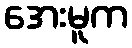
အေးမူက